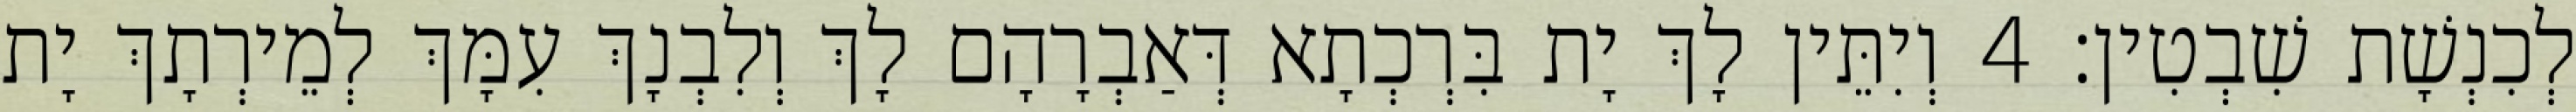
לְכִנְשָׁת שִׁבְטִין׃ 4 וְיִתֵּין לָךְ יָת בִּרְכְתָא דְּאַבְרָהָם לָךְ וְלִבְנָךְ עִמָּךְ לְמֵירְתָךְ יָת